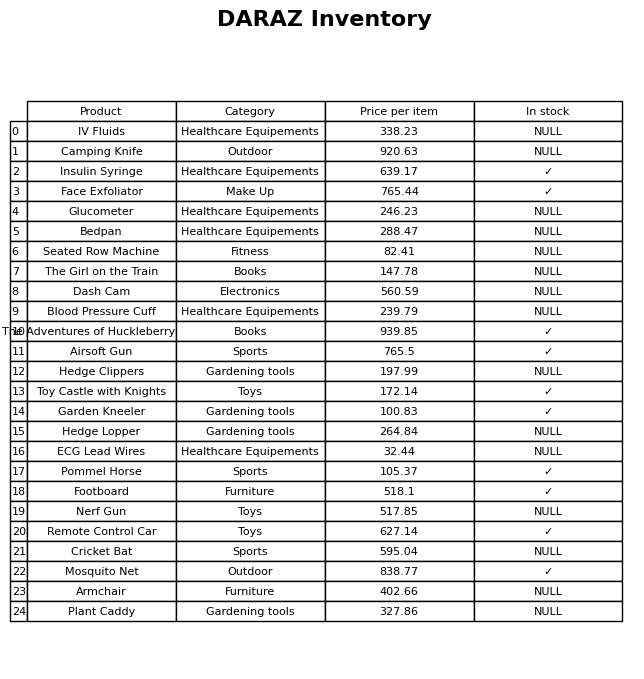
question: What is the price for Insulin Syringe?
answer: The price of Insulin Syringe is 639.17.